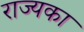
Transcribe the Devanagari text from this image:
राज्यका